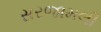
સરજામલી